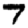
Digit: 7